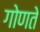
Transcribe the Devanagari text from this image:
गोणते